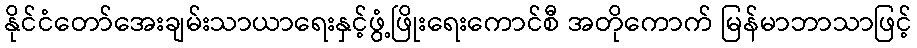
နိုင်ငံတော်အေးချမ်းသာယာရေးနှင့်ဖွံ့ဖြိုးရေးကောင်စီ အတိုကောက် မြန်မာဘာသာဖြင့်